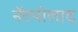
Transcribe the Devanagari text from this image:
नॅटपोलाद